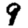
Digit: 9